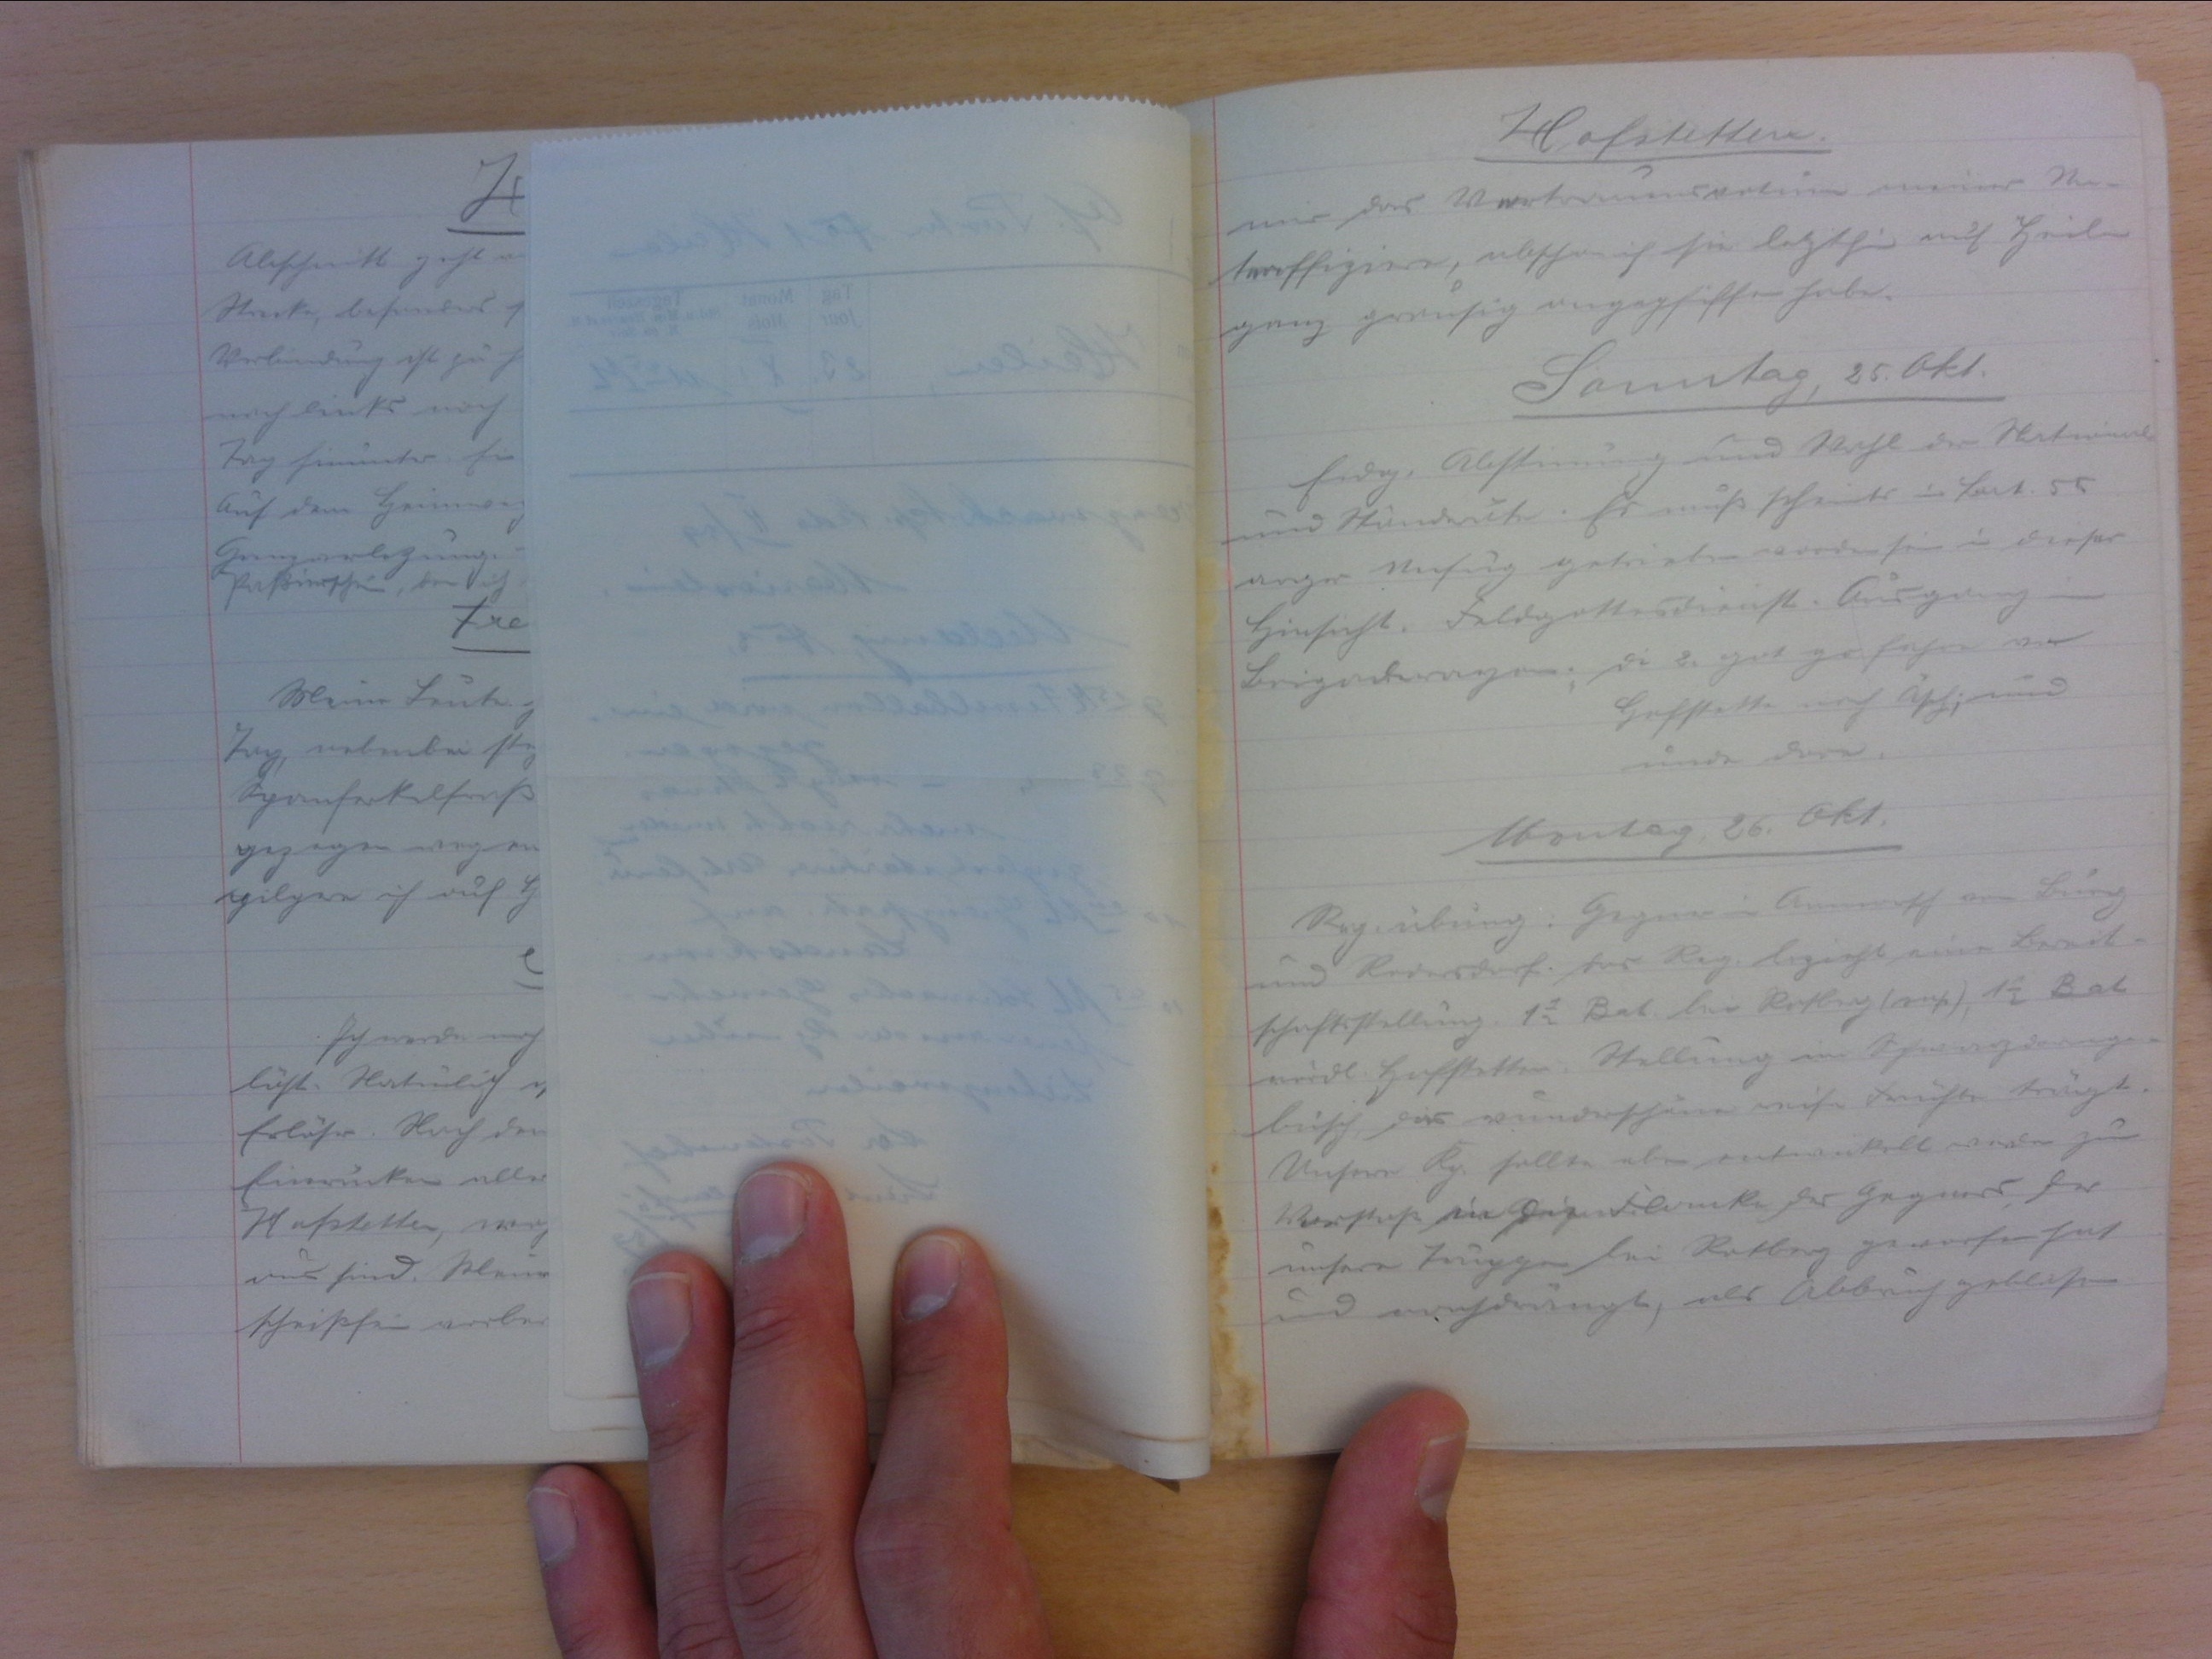
Hofstetten
mir das  das Vertrauensvotum meiner Un-
teroffiziere, obschon ich sie letzhin auf Heilen
ganz grausig angepfiffen habe.
Samstag, 25. Okt.
Eidg. Abstimmung und Wahl der National-
und Ständeräte. Es muss scheint's im Bat. 55
arger Unfug getrieben worden sein in dieser
Hinsicht. Feldgottesdienst. Ausgang im
Brigaderayon; die 2. got go fahre von
Hofstetten nach Äsch; und
unde dure (?).
Montag, 26. Okt.
Rg. übung: Gegner im Anmarsch von Burg
und Rodersdorf. Das Reg. bezieht eine Bereit-
schaftsstellung. 11/2 Bat. bei Rotberg (eng)(?), 11/2 Bat
nördl Hofstetten. Stellung im Schwarzdornge-
büsch, das wunderschöne reife Früchte trägt.
Unsere Kp. sollte eben entwickelt werden zum
Vorstoss in die Flancke des Gegners, der
unsere Truppen bei Rotberg geworfen hat
und nachdrängt, als Abbruch geblasen